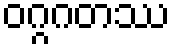
ဝဂ္ဂဂတဿ